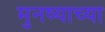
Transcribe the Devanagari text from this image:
मुनष्याच्या